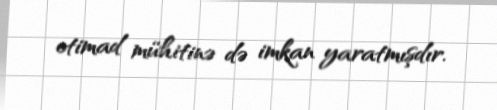
etimad mühitinə də imkan yaratmışdır.